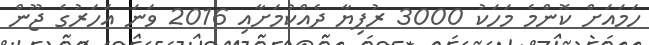
ހަމައަށް ކޮންމެ މަހަކު 3000 ރުފިޔާ ދެއްކުމަށާއި 2016 ވަނަ އަހަރުގެ ޖޫން